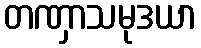
တဏှာသမုဒယာ